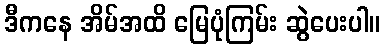
ဒီကနေ အိမ်အထိ မြေပုံကြမ်း ဆွဲပေးပါ။